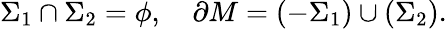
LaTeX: \Sigma_{1}\cap\Sigma_{2}=\phi,\quad\partial M=(-\Sigma_{1})\cup(\Sigma_{2}).